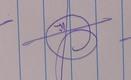
Signature authenticity: genuine